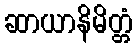
ဆာယာနိမိတ္တံ